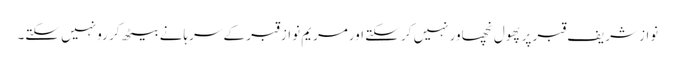
نواز شریف قبر پرپھول نچھاور نہیں کر سکتے اورمریم نواز قبر کے سرہانے بیٹھ کر رو نہیں سکتے۔